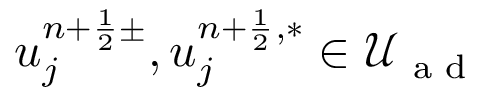
u _ { j } ^ { n + \frac { 1 } { 2 } \pm } , u _ { j } ^ { n + \frac { 1 } { 2 } , \ast } \in \mathcal { U } _ { \textrm { a d } }